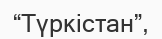
“Түркістан”,